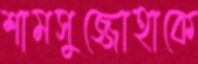
শামসুজ্জোহাকে